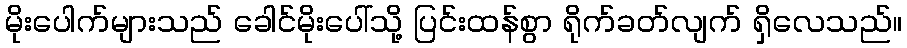
မိုးပေါက်များသည် ခေါင်မိုးပေါ်သို့ ပြင်းထန်စွာ ရိုက်ခတ်လျက် ရှိလေသည်။